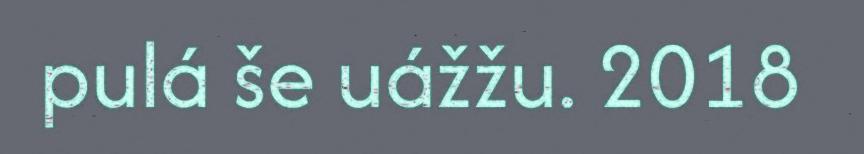
pulá še uážžu. 2018